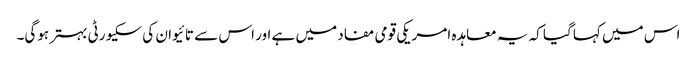
اس میں کہا گیا کہ یہ معاہدہ امریکی قومی مفاد میں ہے اور اس سے تائیوان کی سکیورٹی بہتر ہوگی۔